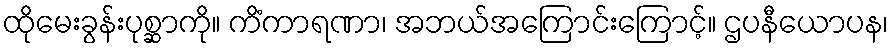
ထိုမေးခွန်းပုစ္ဆာကို။ ကိံကာရဏာ၊ အဘယ်အကြောင်းကြောင့်။ ဌပနီယောပန၊